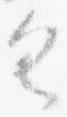
具